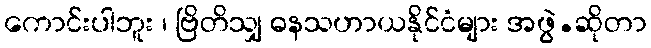
ကောင်းပါဘူး ၊ ဗြိတိသျှ ဓနသဟာယနိုင်ငံများ အဖွဲ.ဆိုတာ